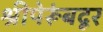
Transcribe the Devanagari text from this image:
श्रीपेरूंबदूर